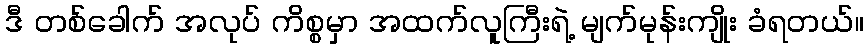
ဒီ တစ်ခေါက် အလုပ် ကိစ္စမှာ အထက်လူကြီးရဲ့ မျက်မုန်းကျိုး ခံရတယ်။